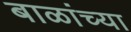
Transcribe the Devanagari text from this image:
बाळांच्या